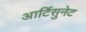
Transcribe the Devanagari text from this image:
आर्टिसुनेट